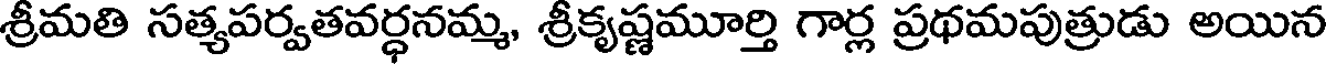
శ్రీమతి సత్యపర్వతవర్ధనమ్మ, శ్రీకృష్ణమూర్తి గార్ల ప్రథమపుత్రుడు అయిన